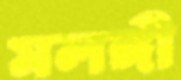
মলঙ্গী